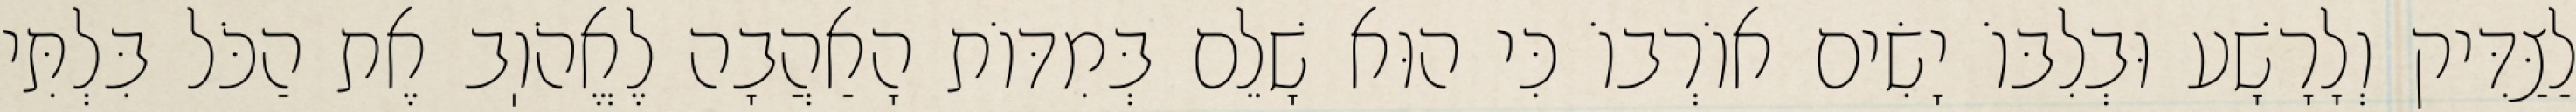
לַצַּדִּיק וְלָרָשָׁע וּבְלִבּוֹ יָשִׂים אוֹרְבוֹ כִּי הוּא שָׁלֵם בְּמִדּוֹת הָאַהֲבָה לֶאֱהֹוֽב אֶת הַכֹּל בִּלְתִּי